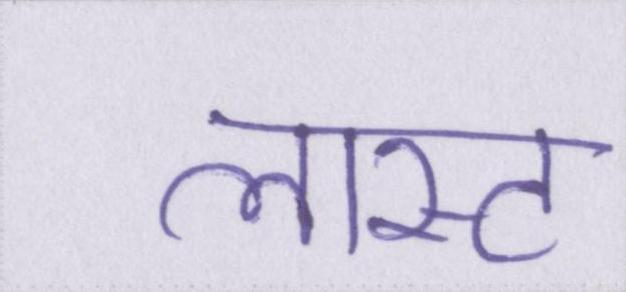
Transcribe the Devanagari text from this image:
लास्ट